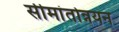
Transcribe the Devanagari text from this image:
सीमांतोन्नयन